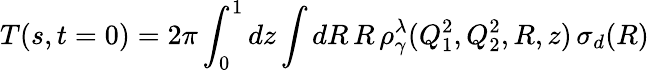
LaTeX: T(s,t=0)=2\pi\int_{0}^{1}dz\int dR\, R\, \rho_{\gamma}^{\lambda}(Q_{1}^{2},Q_{2}^{2},R,z)\, \sigma_{d}(R)